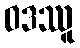
ဝဒဿူ